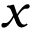
x